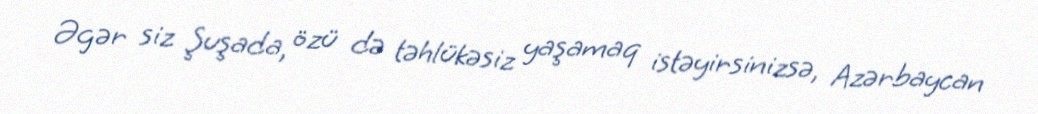
Əgər siz Şuşada, özü də təhlükəsiz yaşamaq istəyirsinizsə, Azərbaycan